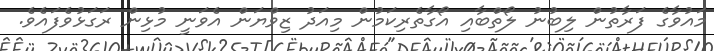
މައުވާގެ ފަރާތުން ލިބުނު ލޯތްބާއި އޯގާތެރިކަމުން މިއަދު ޒިވްޔަން އެވަނީ މުޅިން ރަގަޅުވެފައެވެ.